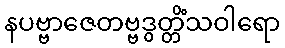
နပဗ္ဗာဇေတဗ္ဗဒွတ္တိံသဝါရော